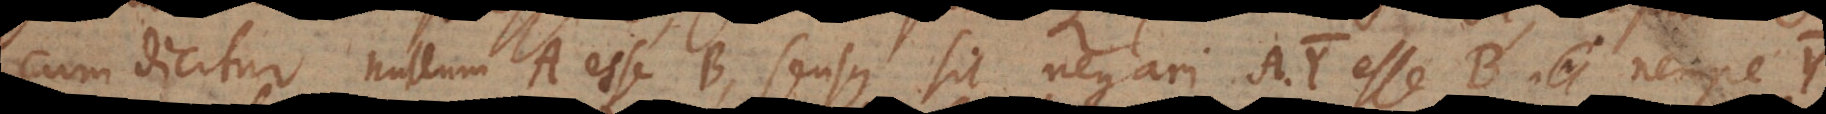
cum dicitur nullum A esse B, sensus sit negari AY esse B, nempe Y